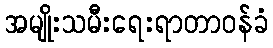
အမျိုးသမီးရေးရာတာဝန်ခံ